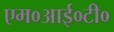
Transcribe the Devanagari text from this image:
एम०आई०टी०